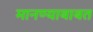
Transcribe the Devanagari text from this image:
मानण्याबाबत